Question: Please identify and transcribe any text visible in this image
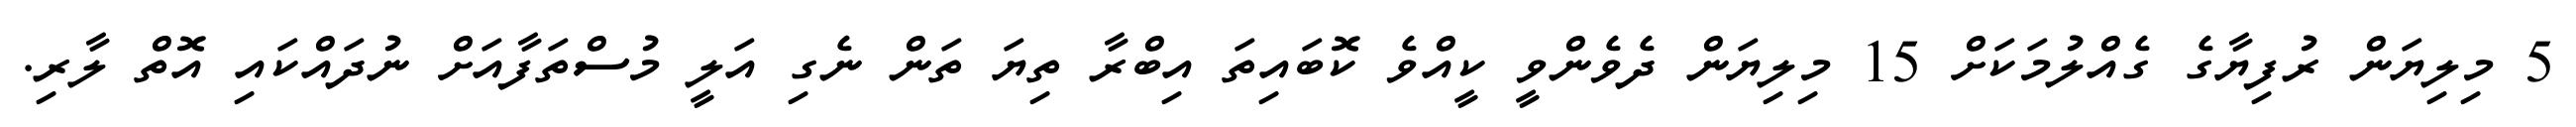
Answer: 5 މިލިޔަން ރުފިޔާގެ ގެއްލުމަކަށް 15 މިލިޔަން ދެވެންވީ ކީއްވެ ކޮބައިތަ އިބްރާ ތިޔަ ތަން ނެގި އަލީ މުސްތަފާއަށް ނުދައްކައި އޮތް ލާރި.